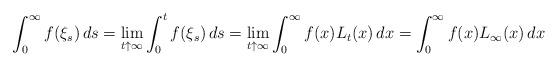
LaTeX: \begin{align*}\int_0^\infty f(\xi_s)\,ds=\lim_{t\uparrow\infty}\int_0^t f(\xi_s)\,ds=\lim_{t\uparrow \infty} \int_0^\infty f(x)L_t(x)\,dx=\int_0^\infty f(x) L_\infty(x)\,dx\end{align*}